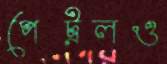
পেট্রলও